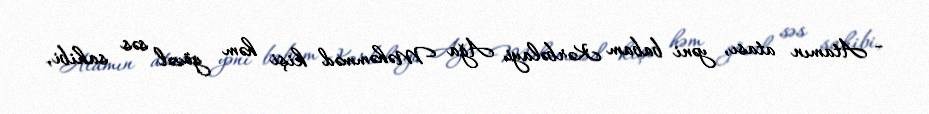
- Atamın atası, yəni babam Kərbəlayi Ağa Məhəmməd kişi həm gözəl səs sahibi,